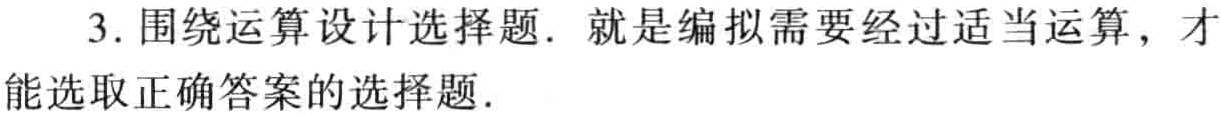
3. 围绕运算设计选择题. 就是编拟需要经过适当运算，才能选取正确答案的选择题.